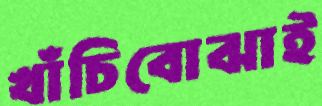
খাঁচিবোঝাই